Mental hospitals Bombay report 1921-28 - 1921-1928
Year: 1921
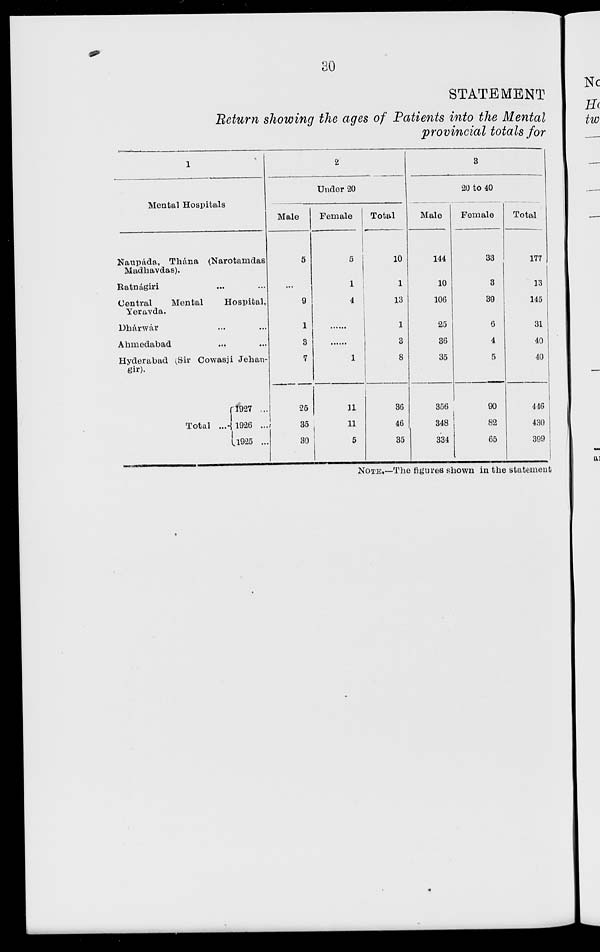
30
STATEMENT
Return showing the ages of Patients into the Mental
provincial totals for
1
Mental Hospitals
Naupáda, Thána (Narotamdas
Madhavdas).
Ratnágiri ... ...
Central
Mental
Hospital,
Yeravda.
Dhárwár ... ...
Ahmedabad ... ...
Hyderabad (Sir Cowasji Jehangir).
Total
...
1927 ...
1926 ...
1925 ...
2
Under 20
Male
5
...
9
1
3
7
26
35
30
Female
5
1
4
......
......
1
11
11
5
Total
10
1
13
1
3
8
36
46
35
3
20 to 40
Male
144
10
106
25
36
35
356
348
334
Female
33
3
39
6
4
5
90
82
65
Total
177
13
145
31
40
40
446
430
399
NOTE.—The figures shown in the statement